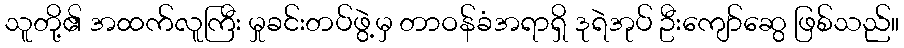
သူတို့၏ အထက်လူကြီး မှုခင်းတပ်ဖွဲ့မှ တာဝန်ခံအရာရှိ ဒုရဲအုပ် ဦးကျော်ဆွေ ဖြစ်သည်။